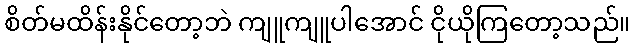
စိတ်မထိန်းနိုင်တော့ဘဲ ကျူကျူပါအောင် ငိုယိုကြတော့သည်။